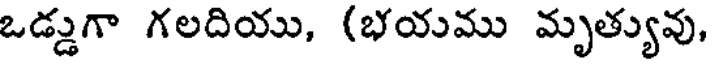
ఒడ్డుగా గలదియు, (భయము మృత్యువు,